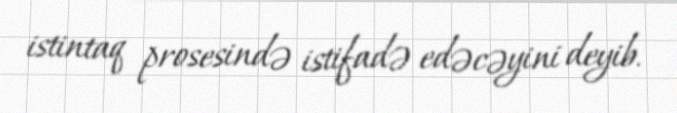
istintaq prosesində istifadə edəcəyini deyib.